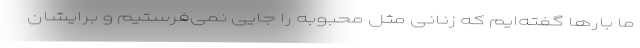
ما بارها گفته‌ایم که زنانی مثل محبوبه را جایی نمی‌فرستیم و برایشان